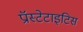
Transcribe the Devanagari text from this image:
प्रॉस्टेटाइटिस